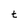
Character: t